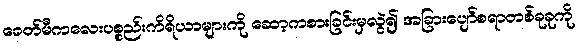
ခေတ်မီကလေးပစ္စည်းကိရိယာများကို ဆော့ကစားခြင်းမှလွဲ၍ အခြားပျော်စရာတစ်ခုခုကို